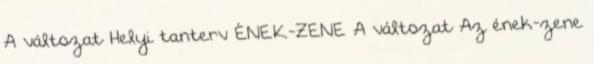
A változat Helyi tanterv ÉNEK-ZENE A változat Az ének-zene